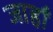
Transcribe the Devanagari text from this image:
जाहाँ